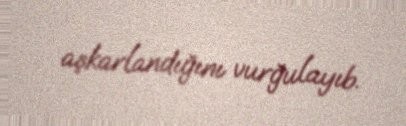
aşkarlandığını vurğulayıb.